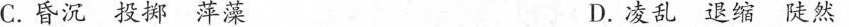
C.昏沉 投掷 萍藻 D.凌乱 退缩 陡然